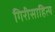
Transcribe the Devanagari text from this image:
गिरीसाहित्य